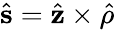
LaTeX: \hat{\mathbf{s}}=\hat{\mathbf{z}}\times\hat{\mathbf{\rho}}